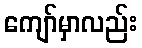
ကျော်မှာလည်း